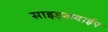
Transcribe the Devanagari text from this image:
साइड्सवाईप